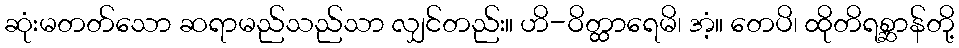
ဆုံးမတတ်သော ဆရာမည်သည်သာ လျှင်တည်း။ ဟိ-ဝိတ္ထာရေမိ၊ အံ့။ တေပိ၊ ထိုတိရစ္ဆာန်တို့